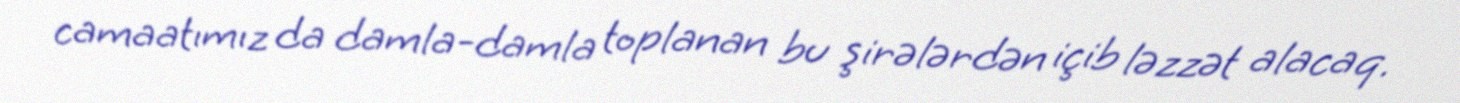
camaatımız da damla-damla toplanan bu şirələrdən içib ləzzət alacaq.